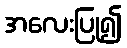
အလေးပြု၍